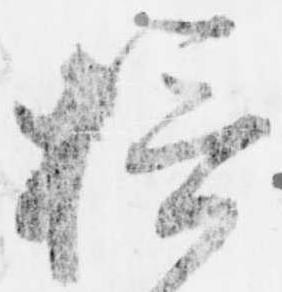
摂